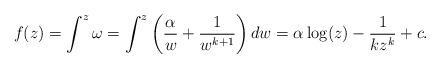
LaTeX: \begin{align*}f(z)=\int^{z}\omega =\int^z \left(\frac{\alpha}{w}+\frac{1}{w^{k+1}}\right)dw=\alpha\log(z)-\frac{1}{kz^k}+c.\end{align*}